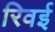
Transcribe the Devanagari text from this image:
रिवई